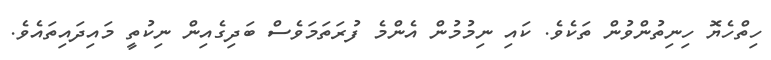
ހިތްހެޔޮ ހިނިތުންވުން ތަކެވެ. ކައި ނިމުމުން އެންމެ ފުރަތަމަވެސް ބަދިގެއިން ނިކުތީ މައިދައިތައެވެ.